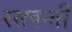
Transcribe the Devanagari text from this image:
रसवन्ती